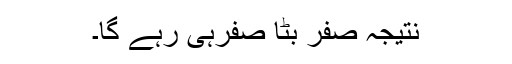
نتیجہ صفر بٹا صفرہی رہے گا۔